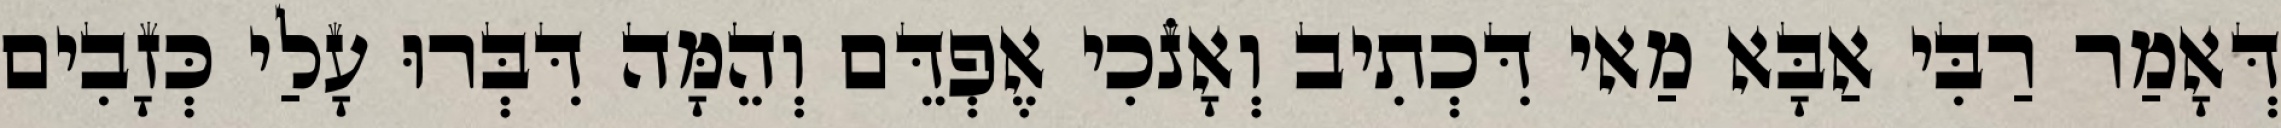
דְּאָמַר רַבִּי אַבָּא מַאי דִּכְתִיב וְאָנֹכִי אֶפְדֵּם וְהֵמָּה דִּבְּרוּ עָלַי כְּזָבִים